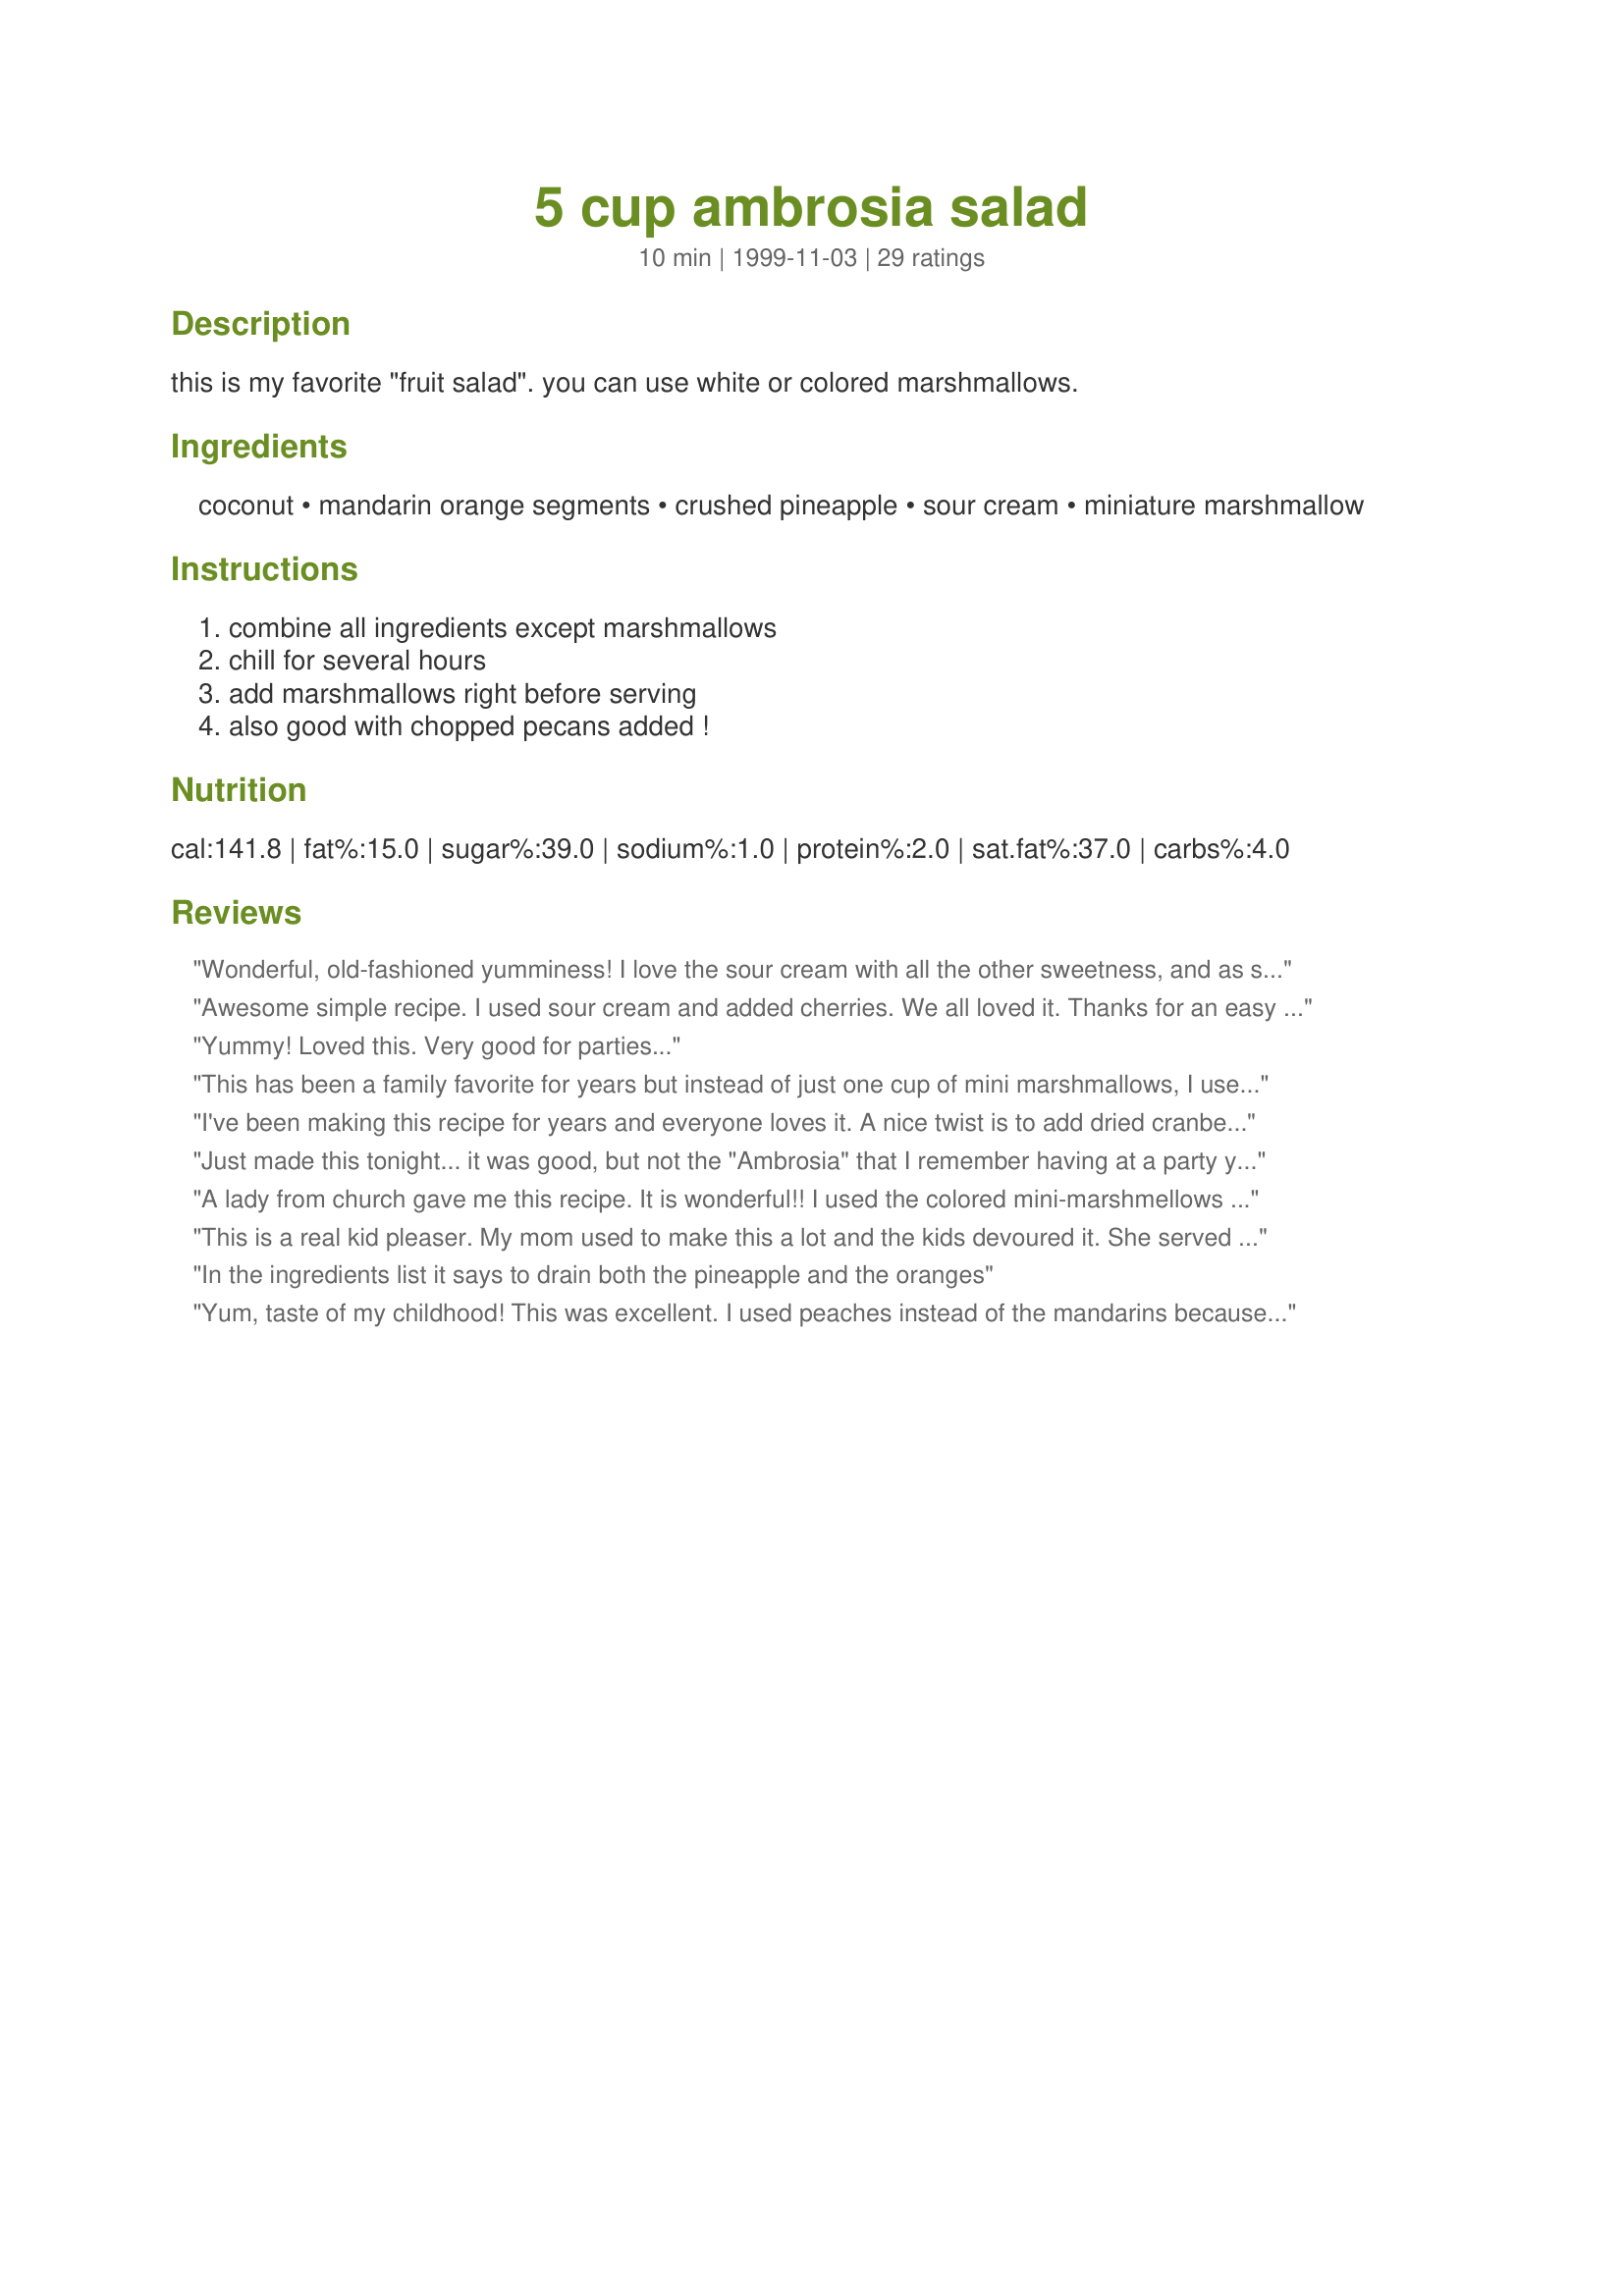
5 cup ambrosia salad
Preparation time: 10 minutes

this is my favorite "fruit salad". you can use white or colored marshmallows.

Ingredients:
coconut, mandarin orange segments, crushed pineapple, sour cream, miniature marshmallow

Steps:
combine all ingredients except marshmallows, chill for several hours, add marshmallows right before serving, also good with chopped pecans added !

Reviews:
Wonderful, old-fashioned yumminess! I love the sour cream with all the other sweetness, and as suggested, I added a handful or two of dried cranberries-LOVED it like that! The cranberries added nice color and a slight crunch. I also mixed in the marshmallows and didn't have a problem with sogginess at all. Great recipe Marg!
Awesome simple recipe. I used sour cream and added cherries. We all loved it. Thanks for an easy recipe.
Yummy! Loved this. Very good for parties...
This has been a family favorite for years but instead of just one cup of mini marshmallows, I use close to one whole bag plus I add one cup of marachino cherries. If the mixture seems a bit thick, then I add some of the cherry juice. It's a big hit everytime!
I've been making this recipe for years and everyone loves it. A nice twist is to add dried cranberries ("Craisins" brand works well if you have them there). Wonderful side dish!
Just made this tonight... it was good, but not the "Ambrosia" that I remember having at a party years ago. What drew me to this recipe was the use of sour cream instead of Cool Whip (I'm majorly anti -Cool Whip!!). I used pineapple tidbits instead of crushed, not sure if that made a difference or not. I added a little confectioners sugar because it still tasted too "sour cream". All in all, it came out good, but not EXACTLY what I wanted. The search goes on...! Thanks for the recipe.
A lady from church gave me this recipe. It is wonderful!! I used the colored mini-marshmellows and the salad is so pretty!! Thanks for sharing this recipe!!
This is a real kid pleaser. My mom used to make this a lot and the kids devoured it. She served it in a trifle bowl and it always looked nice.
In the ingredients list it says to drain both the pineapple and the oranges
Yum, taste of my childhood! This was excellent. I used peaches instead of the mandarins because that's what I had on hand and it turned out well. I think next time I'll use finer (flaked?) coconut because I love the flavour but it's a little chewy with the shredded coconut.
very simple and good. we prefer using the colored marshmallows and sour cream. I also add a quarter cup dried cranberries.
This was really good! I used peach and mandarin yogurt (couldn't find lemon!). I used dessicated coconut so I mixed 1/2 cup powdered sugar with 3/4 cup coconut. A big hit!
favorite of mine for years! I like it with sour cream and white marshmellows! My kids don't like coconut so now I just leave it out.
Yes, it helps to read the directions. This is a terrific fruit salad. I've used fruit cocktail with mandarins, pineapple with chopped peaches, ANY combination of two cups of canned ftuit. Sour cream really makes it pop. This is DH's favorite fruit salad.
Perfect just as posted! I made it twice in the past week. Thanks for a delicious recipe!
This is a very yummy recipe and simple to make...Thank you
Delicious! We preferred our marshmallows mixed in to meld with the other ingredients.
Same recipe I have used b4. I never used the lemon yogurt b4 and will try it next time. I always top this with cherry halves. It makes for a pretty presentation but don't put them on too soon or they may color the salad. Great for a Thanksgiving or Xmas dinner as it is refreshing like fruit when fruit isn't in season.
Took this salad to a barbecue, I used the long 'thread' coconut and as I couldnt find a lemon yoghurt here in NZ, I used an orange and apricot flavoured one. It was really yummy...thanks =)
First time I tried this, I was nearly 48 years old. Can't believe what I was missing all those years! Marischino cherries halved and mixed in makes this out of this world.
I had never had a 5 Cup Ambrosia Salad before and I just thought it was okay for my tastes. The texture of the coconut was a little odd for me and the yogurt base was more tart than I expected. It's certainly pretty and I know so many people adore it, so I appreciate the chance to have tried it. Thanks so much!
I added fruit cocktail as well and coloured mini marshmellows about 10 minutes before serving. I made this for a pot luck luncheon. Very tasty
This is just like I remember eating when i was a kid. thanks
Made this with vanilla yogurt instead of the lemon (family not fans of lemon), and it was outstanding! Great job :)
This is a nice simple dessert. I've had something similar, but withou the coconut. I think the coconut adds nice texture and flavor. I added the marshmallows with the fruit because i like them softer. Thanks for a great recipe!
I loved the creamy taste of this "fruit salad"!!! I also really liked the fact that all the ingredients are in equal proportions so I can make it in any quantity that I want... I made just half a recipe this time since I knew my BF would not even taste it... he didn't know what he was missing out on... I used sour crem and did add the marshmallows in along with all the other ingredients since I like them soft... Yummy!!! Thanks for sharing!!!
We like the marshmallows soft too, so I mixed them right in. Yummy!
Very yummy!! Were bringing it to christmas dinner!
The recipe did not say to drain the juice from the pineapple and mandarin oranges and therefore it was very soupy!
